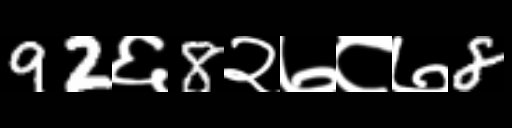
Text: 92६8२७८७8